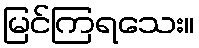
မြင်ကြရသေး။